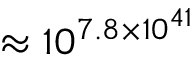
\approx 1 0 ^ { 7 . 8 \times 1 0 ^ { 4 1 } }